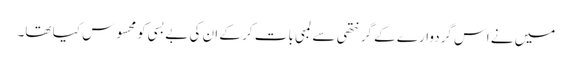
میں نے اس گردوارے کے گرنتھی سے لمبی بات کر کے ان کی بےبسی کو محسوس کیا تھا۔